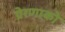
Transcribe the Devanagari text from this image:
प्रेरणाको